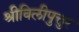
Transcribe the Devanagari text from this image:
श्रीविलीपुत्तुर